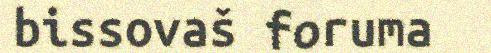
bissovaš foruma